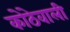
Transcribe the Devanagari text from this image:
कोठेवाली